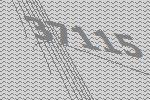
37115